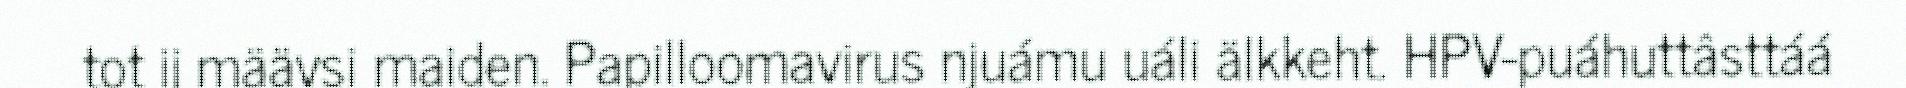
tot ij määvsi maiden. Papilloomavirus njuámu uáli älkkeht. HPV-puáhuttâsttáá